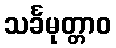
သင်္ခမုတ္တာဝ